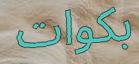
بكوات